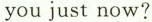
you just now?